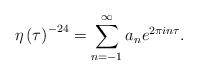
LaTeX: \begin{align*}\eta\left({\tau}\right)^{-24}=\sum_{n=-1}^{\infty}a_n e^{2\pi i n\tau}.\end{align*}